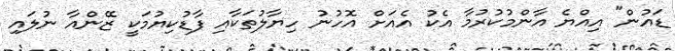
ޑައުން" އިއްޔެ އާންމުކުރުމާ އެކު އެއަށް އޮހުނު ހިޔާލުތަކާއި ފާޑުކިޔުމަކީ ޒޭންއާ ނުލައި